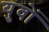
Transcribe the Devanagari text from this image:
युवों